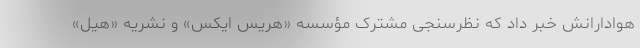
هوادارانش خبر داد که نظرسنجی مشترک مؤسسه «هریس ایکس» و نشریه «هیل»